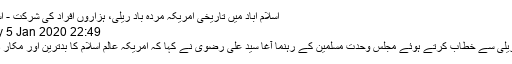
اسلام آباد میں تاریخی امریکہ مردہ باد ریلی، ہزاروں افراد کی شرکت - اسلام ٹائمز
Sunday 5 Jan 2020 22:49
احتجاجی ریلی سے خطاب کرتے ہوئے مجلس وحدت مسلمین کے رہنما آغا سید علی رضوی نے کہا کہ امریکہ عالم اسلام کا بدترین اور مکار دشمن ہے۔